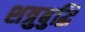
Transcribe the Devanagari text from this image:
शत्रुबुद्धि